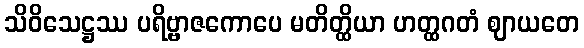
သိဝိသေဋ္ဌဿ ပရိဗ္ဗာဇကောပေ မတိတ္ထိယာ ဟတ္ထဂတံ ဈာယတေ